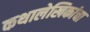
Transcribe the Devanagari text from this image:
कथालेखिकांचा